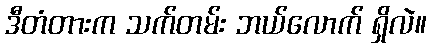
ဒီတံတားက သက်တမ်း ဘယ်လောက် ရှိလဲ။